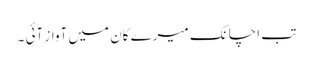
تب اچانک میرے کان میں آواز آئی ۔